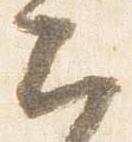
云